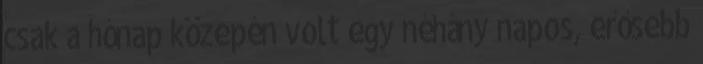
csak a hónap közepén volt egy néhány napos, erősebb